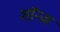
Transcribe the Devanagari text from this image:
शॉन्ज़